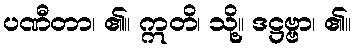
ပဏီတာ၊ ၏။ ဣတိ၊ သို့။ ဒဋ္ဌဗ္ဗာ၊ ၏။